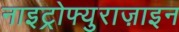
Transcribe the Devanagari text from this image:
नाइट्रोफ्युराज़ाइन